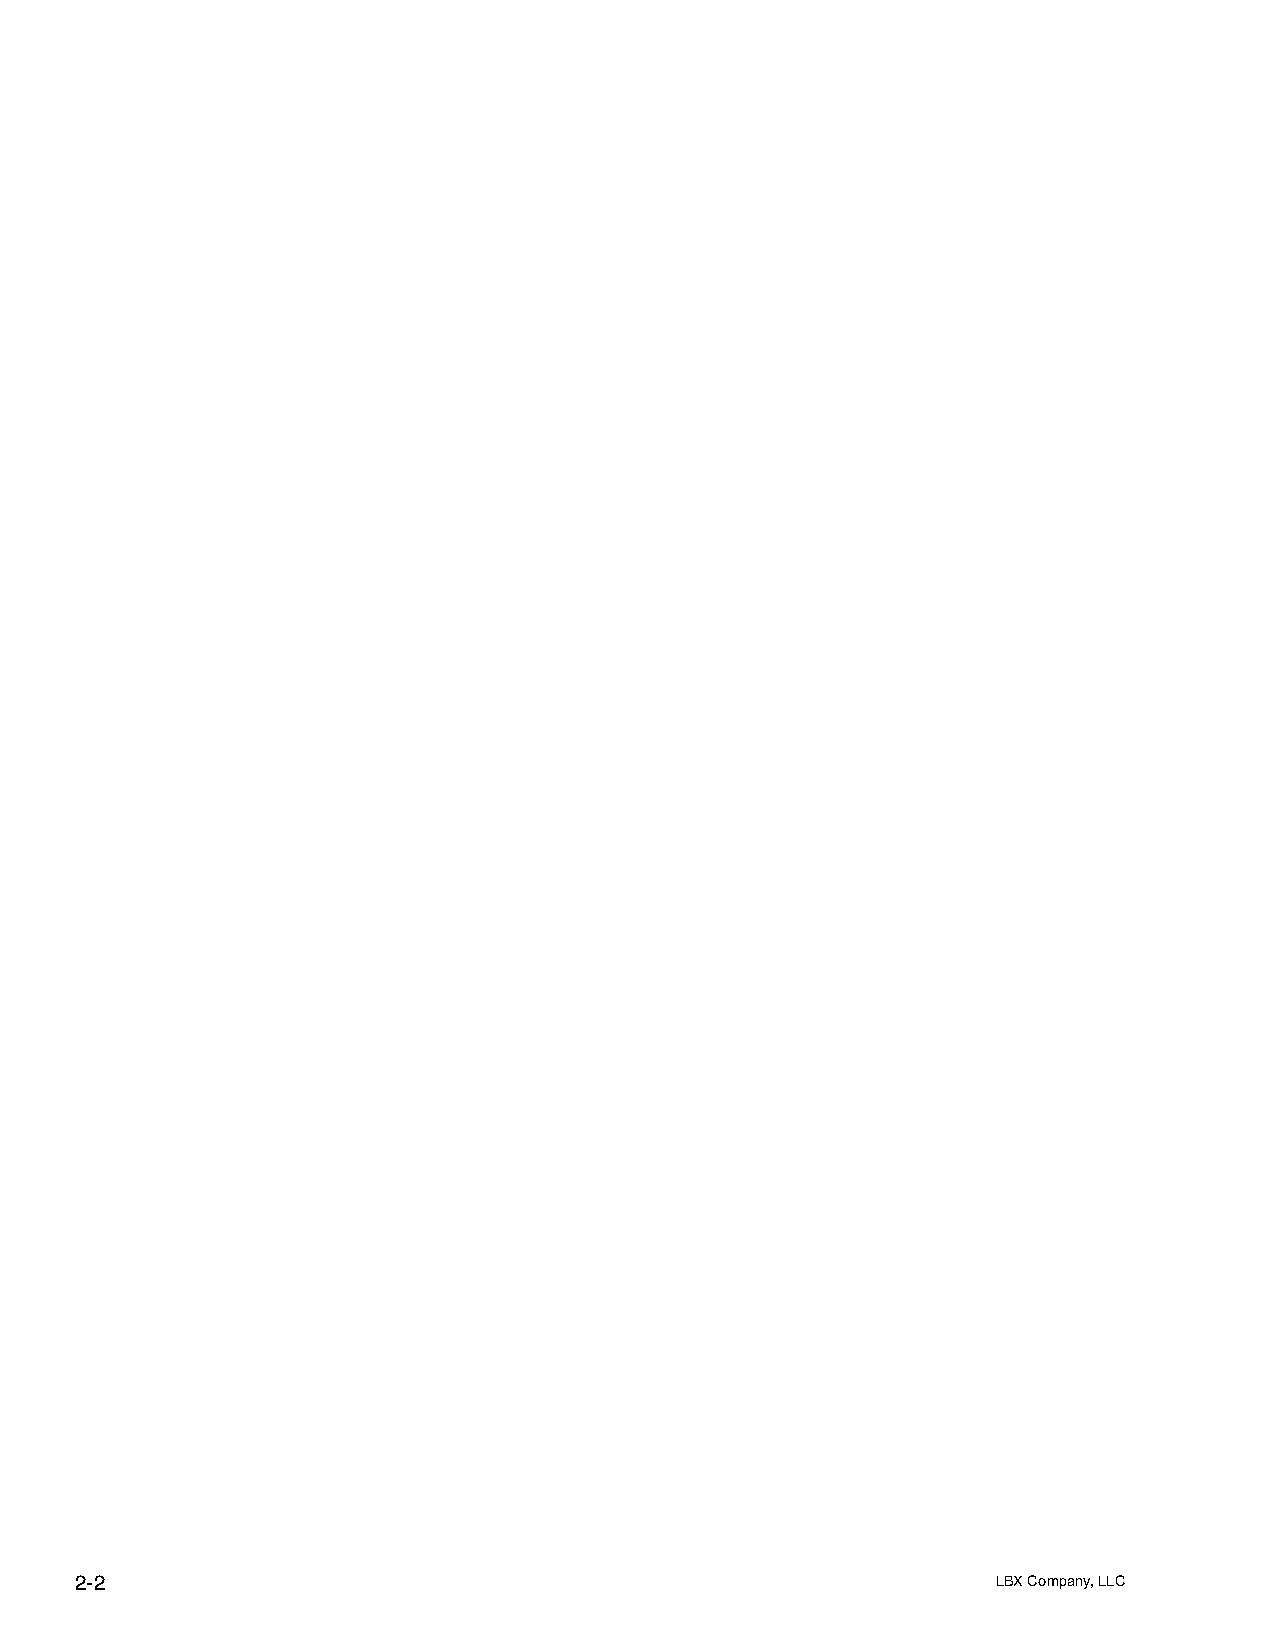
2-2                                                          LBX Company, LLC